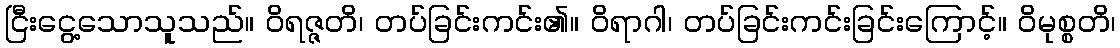
ငြီးငွေ့သောသူသည်။ ဝိရဇ္ဇတိ၊ တပ်ခြင်းကင်း၏။ ဝိရာဂါ၊ တပ်ခြင်းကင်းခြင်းကြောင့်။ ဝိမုစ္စတိ၊